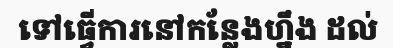
ទៅធ្វើការនៅកន្លែងហ្នឹង ដល់